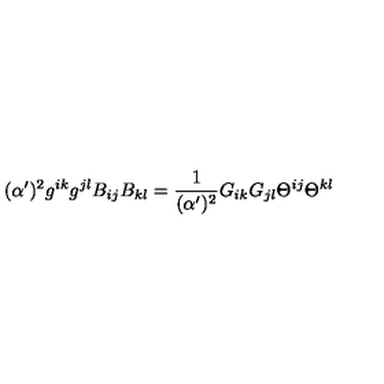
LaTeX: ( \alpha ^ { \prime } ) ^ { 2 } g ^ { i k } g ^ { j l } B _ { i j } B _ { k l } = { \frac { 1 } { ( \alpha ^ { \prime } ) ^ { 2 } } } G _ { i k } G _ { j l } \Theta ^ { i j } \Theta ^ { k l }